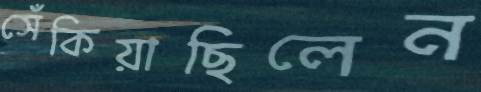
সেঁকিয়াছিলেন